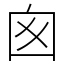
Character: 囪